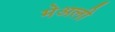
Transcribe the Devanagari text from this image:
मेअली